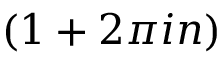
( 1 + 2 \pi i n )